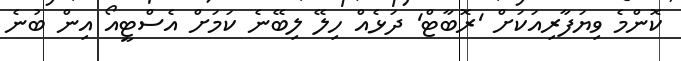
ކޮންމެ ވިޔަފާރިއަކަށް 'ރޮބާޓް' ދަޅެއް ހިލޭ ލިބޭނެ ކަމަށް އެސްޓީއޯ އިން ބުނެ